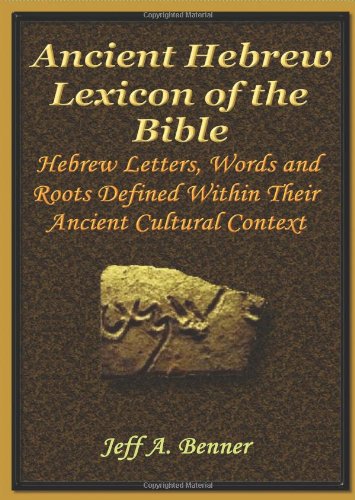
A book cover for The Ancient Hebrew Lexicon of the Bible; Jeff A. Benner; Christian Books & Bibles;